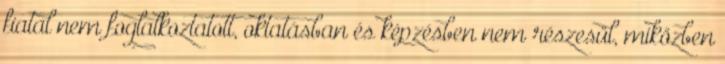
fiatal nem foglalkoztatott, oktatásban és képzésben nem részesül, miközben